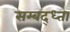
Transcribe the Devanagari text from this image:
सम्बद्ध्ता